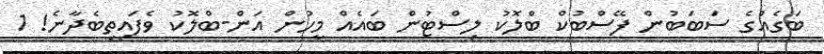
ބަގެއްގެ ސަބަބުން ފޭސްބުކް ބްލޮކު ލިސްޓުން ބައެއް މީހުން އަން-ބްލޮކު ވެފައިތިބެދާނެ! 1